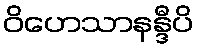
ဝိဟေသာနန္ဒီပိ